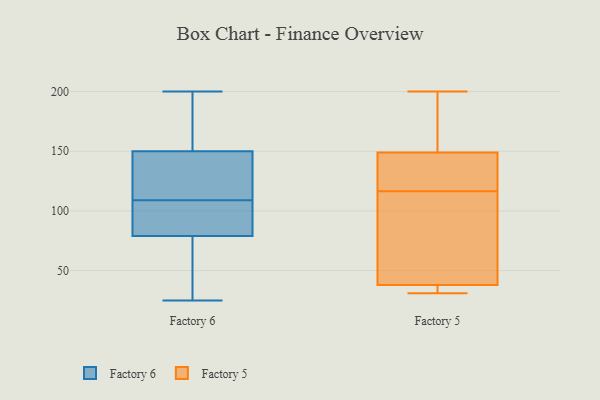
{"axis": {"x": "Population (Million)", "y": "Value"}, "legend": ["Factory 5", "Factory 6"], "data": [{"x": "", "y": 194, "type": "Factory 6"}, {"x": "", "y": 150, "type": "Factory 6"}, {"x": "", "y": 36, "type": "Factory 6"}, {"x": "", "y": 140, "type": "Factory 6"}, {"x": "", "y": 25, "type": "Factory 6"}, {"x": "", "y": 79, "type": "Factory 6"}, {"x": "", "y": 112, "type": "Factory 6"}, {"x": "", "y": 200, "type": "Factory 6"}, {"x": "", "y": 96, "type": "Factory 6"}, {"x": "", "y": 106, "type": "Factory 6"}, {"x": "", "y": 117, "type": "Factory 5"}, {"x": "", "y": 100, "type": "Factory 5"}, {"x": "", "y": 34, "type": "Factory 5"}, {"x": "", "y": 125, "type": "Factory 5"}, {"x": "", "y": 149, "type": "Factory 5"}, {"x": "", "y": 171, "type": "Factory 5"}, {"x": "", "y": 116, "type": "Factory 5"}, {"x": "", "y": 38, "type": "Factory 5"}, {"x": "", "y": 200, "type": "Factory 5"}, {"x": "", "y": 31, "type": "Factory 5"}]}